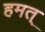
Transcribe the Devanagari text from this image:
हमत्